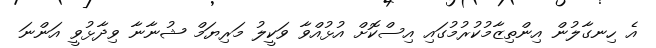
އެ ހިނގާލުން އިންތިޒާމުކުރުމުގައި އިސްކޮށް އުޅުއްވާ ވަކީލު މަރިޔަމް ޝުނާނާ ވިދާޅުވީ އަންނަ